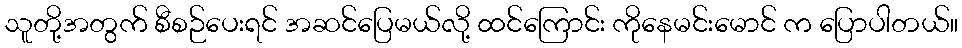
သူတို့အတွက် စီစဉ်ပေးရင် အဆင်ပြေမယ်လို့ ထင်ကြောင်း ကိုနေမင်းမောင် က ပြောပါတယ်။